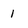
Character: l